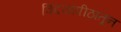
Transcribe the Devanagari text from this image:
विदयापीठातून